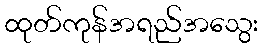
ထုတ်ကုန်အရည်အသွေး